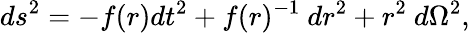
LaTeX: {ds}^{2}=-f(r){d}t^{2}+f(r)^{-1}{~d}r^{2}+r^{2}{~d}\Omega^{2},